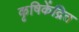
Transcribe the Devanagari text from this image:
कृषिकेंद्रित